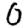
Digit: 0